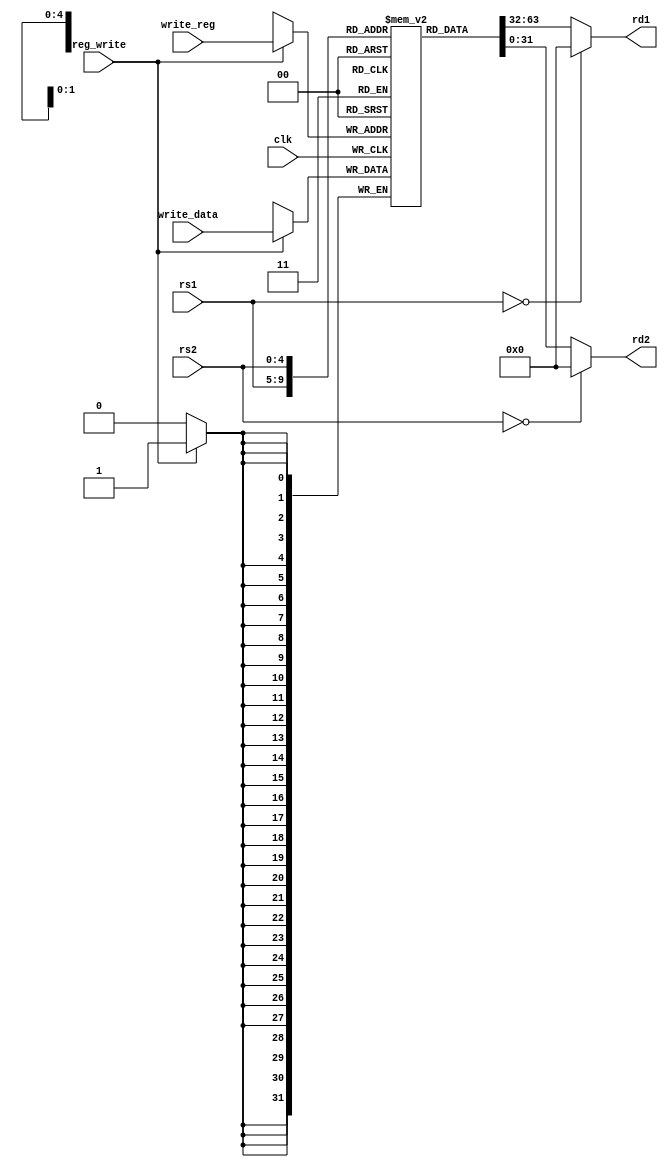
module regfile(clk, rd1, rd2, rs1, rs2, reg_write, write_reg, write_data);

input clk;
output [31:0] rd1; 
output [31:0] rd2;
input [4:0] rs1; 
input [4:0] rs2; 
input [4:0] write_reg;
input [31:0] write_data;
input reg_write;

reg [31:0]registers[31:0];

initial begin
registers[0]=32'b0;
registers[1]=32'b0;
end

always @(posedge clk)
begin
if (reg_write)
registers[write_reg] <= write_data;
end

assign rd1 = rs1 == 0? 32'b0 : registers[rs1];
assign rd2 = rs2 == 0? 32'b0 : registers[rs2];

endmodule